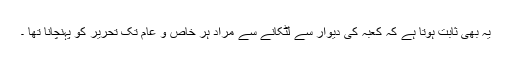
یہ بھی ثابت ہوتا ہے کہ کعبہ کی دیوار سے لٹکانے سے مُراد ہر خاص و عام تک تحریر کو پہنچانا تھا ۔